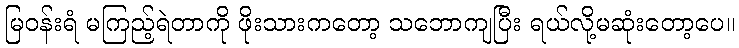
မြဝန်းရံ မကြည့်ရဲတာကို ဖိုးသားကတော့ သဘောကျပြီး ရယ်လို့မဆုံးတော့ပေ။